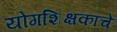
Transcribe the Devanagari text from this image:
योगशिक्षकांचे